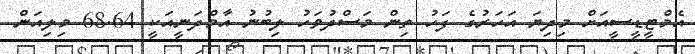
އެމްޓީޑީސީއަށް މިދިޔަ އަހަރުގެ ފަހު ތިން މަސްދުވަހު ލިބުނު އާމްދަނީއަކީ 68.64 މިލިއަން